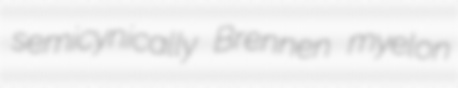
semicynically Brennen myelon